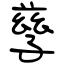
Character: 孳